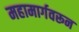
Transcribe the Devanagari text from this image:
महामार्गवरून